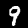
Label: 9